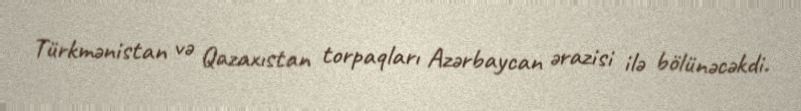
Türkmənistan və Qazaxıstan torpaqları Azərbaycan ərazisi ilə bölünəcəkdi.